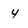
Character: 4